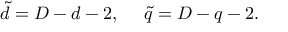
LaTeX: \tilde { d } = D - d - 2 , ~ ~ ~ ~ \tilde { q } = D - q - 2 .